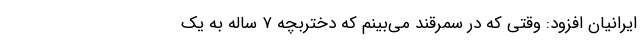
ایرانیان افزود: وقتی که در سمرقند می‌بینم که دختربچه ۷ ساله به یک